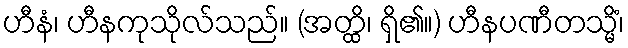
ဟီနံ၊ ဟီနကုသိုလ်သည်။ (အတ္ထိ၊ ရှိ၏။) ဟီနပဏီတသ္မိံ၊